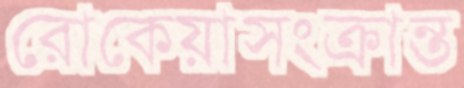
রোকেয়াসংক্রান্ত